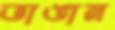
ভাঙান